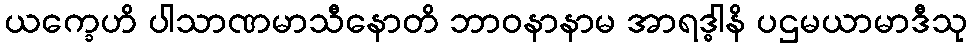
ယက္ခေဟိ ပါသာဏမာသီနောတိ ဘာဝနာနာမ အာရဒ္ဓါနိ ပဌမယာမာဒီသု